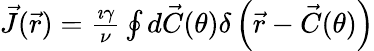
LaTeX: \begin{array}{r}{\vec{J}(\vec{r})=\frac{\imath\gamma}{\nu}\oint d\vec{C}(\theta)\delta\left(\vec{r}-\vec{C}(\theta)\right)}\end{array}